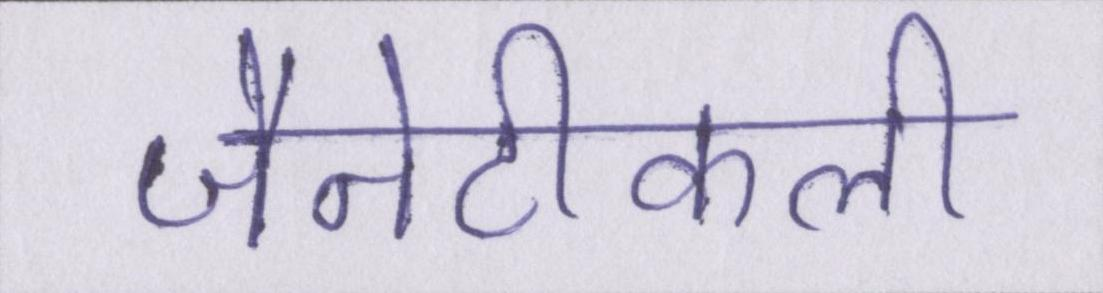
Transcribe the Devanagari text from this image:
जैनेटीकली